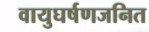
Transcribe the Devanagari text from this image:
वायुघर्षणजनित